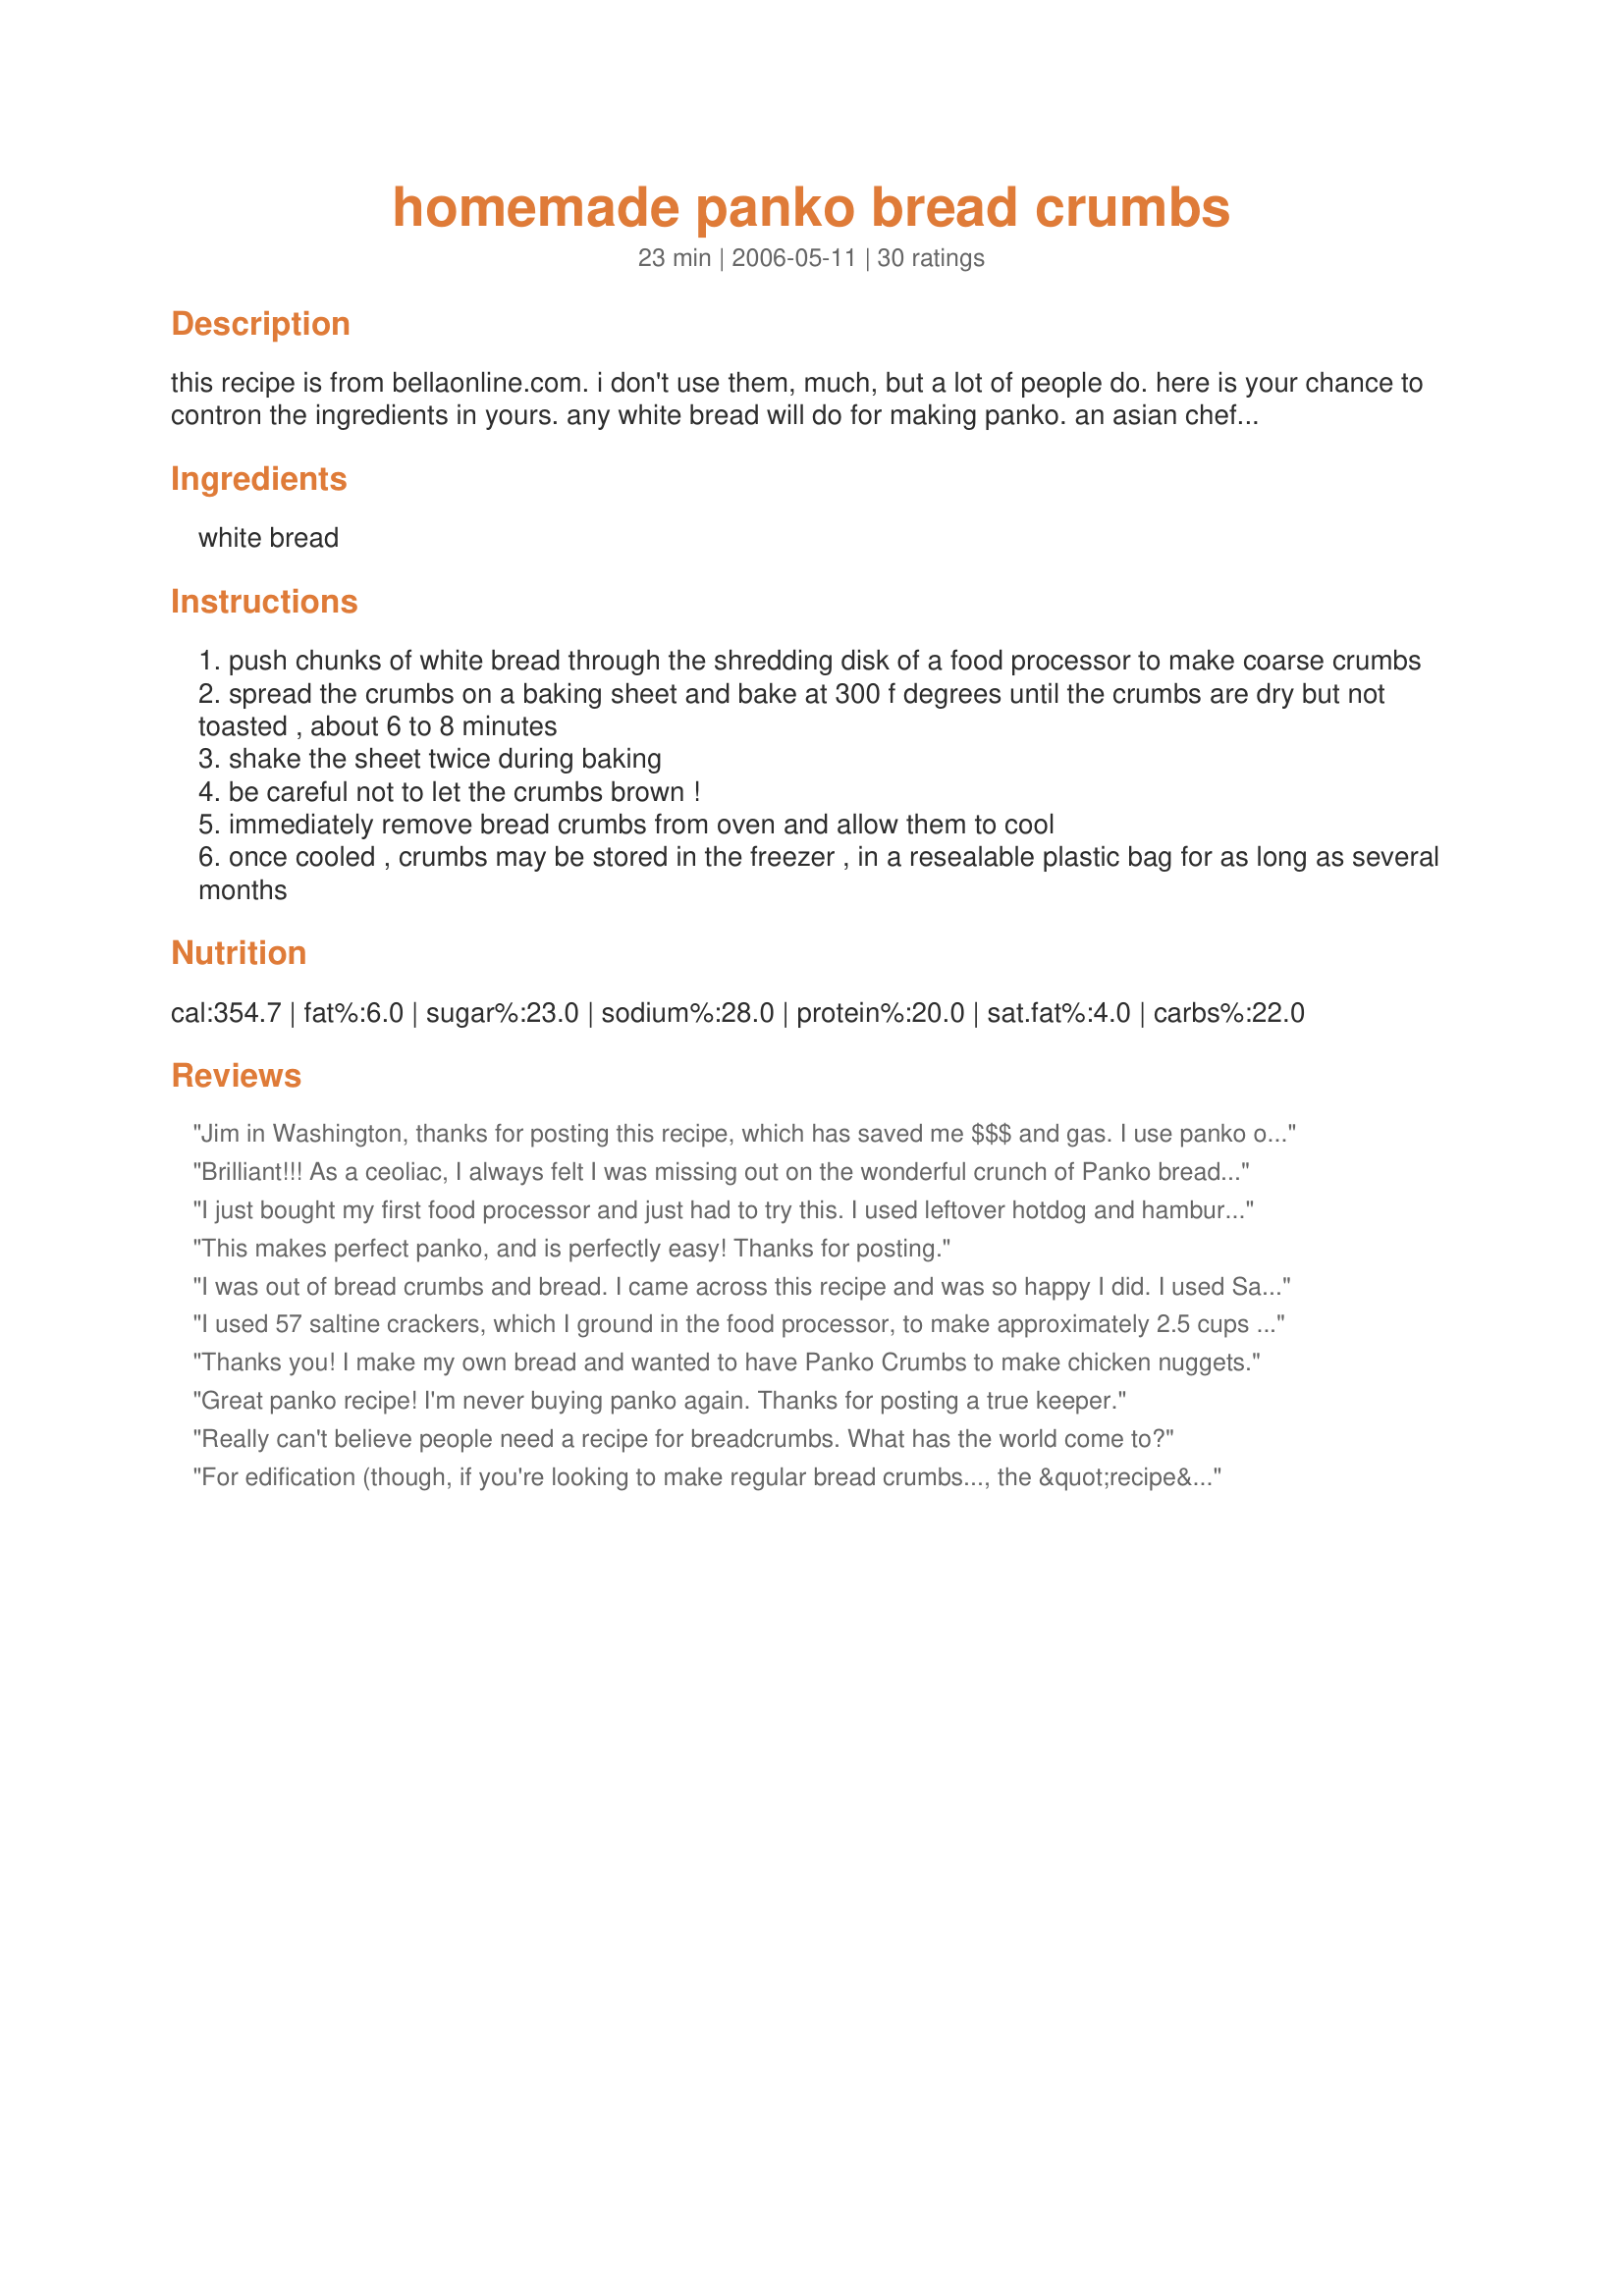
homemade panko bread crumbs
Preparation time: 23 minutes

this recipe is from bellaonline.com. i don't use them, much, but a lot of people do. here is your chance to contron the ingredients in yours. any white bread will do for making panko. an asian chef i once worked with swore that the best homemade panko came from wonder bread! the yield will vary according to how large you make your crumbs, so i am guessing.

Ingredients:
white bread

Steps:
push chunks of white bread through the shredding disk of a food processor to make coarse crumbs
spread the crumbs on a baking sheet and bake at 300 f degrees until the crumbs are dry but not toasted , about 6 to 8 minutes
shake the sheet twice during baking
be careful not to let the crumbs brown !
immediately remove bread crumbs from oven and allow them to cool
once cooled , crumbs may be stored in the freezer , in a resealable plastic bag for as long as several months

Reviews:
Jim in Washington, thanks for posting this recipe, which has saved me $$$ and gas. I use panko often. A great method. I couldn't believe how it turned out! I used a long loaf of cheap bread and filled a gallon ziplock bag. Thanks from Janet!
Brilliant!!! As a ceoliac, I always felt I was missing out on the wonderful crunch of Panko breadcrumbs, I always thought it was the flour used not the method that made them unique,,,now I know better,,,I have just made some using gluten free bread, and BRILLIANT.
I just bought my first food processor and just had to try this. I used leftover hotdog and hamburger buns and it worked perfectly! I'm excited to use this on a fried shrimp recipe! The flavors on these are endless.
This makes perfect panko, and is perfectly easy! Thanks for posting.
I was out of bread crumbs and bread. I came across this recipe and was so happy I did. I used Saltine crackers.
Thanks Jim !!!!!!
I used 57 saltine crackers, which I ground in the food processor, to make approximately 2.5 cups panko crumbs for my chicken recipe. I cooked them for 8 minutes in the oven, sifting twice as suggested. They came out nice and crispy, making a good coating for the chicken. Thanks a lot for this recipe, it certainly helped me out of a bind.
Thanks you! I make my own bread and wanted to have Panko Crumbs to make chicken nuggets.
Great panko recipe! I'm never buying panko again. Thanks for posting a true keeper.
Really can't believe people need a recipe for breadcrumbs. What has the world come to?
For edification (though, if you're looking to make regular bread crumbs..., the &quot;recipe&quot; here is valid, but you also probably don't understand the word, edification... &quot;for you to learn&quot;) https://www.youtube.com/watch?v=FY6nEKohFaM - Panko bread loaves are &quot;electrocuted&quot; not baked... https://www.foodnetwork.com/videos/iron-chef-alton-on-panko-0144900 Alton Brown explains it correctly. Again, though, if you're looking for &quot;How to&quot; make regular bread crumbs, this web page is valid, but... shame on your Mother, not just for not showing you how, but also for raising a generation who would need to ask. I am not criticizing (except maybe those &quot;didn't know how to make bread crumbs, in general), but I am impressed that you got advertising dollars, and so many page views. These aren't panko. Panko is a process; one person answered someone below, &quot;yet here (I, and you) are&quot;..., yeah, cuz we were interested to see how someone could do electrolysis at home. Another poster said the &quot;googled&quot;; I first looked up the definition and only then came here thinking it would be an explanation of &quot;how to&quot; do the electrolysis process at home. Chops to genius kitchen. They are genius'; at ad revenue! Please rename title to &quot;How to make White bread into bread crumbs&quot;.
This worked out great! I was a skeptic but I was impressed. I dont think they are exactly the same as panko but they are much cheaper and they are close enough for me. Love it!
I needed some panko crumbs to make up some fried shrimp, and this recipe worked great. I will use this from now on, and will never be without again! Thanks for sharing!
This was soooo easy and worked PERFECTLY!! I used some small french bread loaves I had here and they were light and fluffy!! Thank you for posting this irreplacible recipe!!
Wow, so easy! I'm going to try using a batch of homemade white bread next time, too. Thanks!
This worked out well. I hate wasting money on storebrought breadcrumbs so this recipe was great.
Thank you for posting this recipe. I knew it had to be easier than going to the store and buying panko. I used it for fish and chips. Thank you again,
Wow!! What a find! No need to buy panko crumbs again. Thank so much for sharing the recipe!
This was so easy and turned out great. I am glad to find this recipe.
I used a cheap brand of white bread and mostly the heels. I make fresh bread crumbs a lot, but never have used the grater disk. This made the fluffiest crumbs that baked up great. I wasn't paying much attention so they did get lightly browned, but no uneven spots. I topped my Three Cheese Baked Mashed Potatoes Recipe #89840 with these and they added such a wonderful light crunchy topping. They really do have a better texture than regular crumbs. I've used panko crumbs before (several years ago) and think these will make an equally good breading for chicken, etc. 

Roxygirl
Hello Jim;
Made your Homemade Panko Crumbs 3 days ago. I used a loaf of Italian Bread and I can't believe how well they turned out in the food processor.
I very lightly sprinkled the crumbs with some Seasoning Salt before lightly toasting in the oven.
The crumbs turned out great, look as good or better than the store bought Panko Crumbs.
Thanks Jim, I do not have to worry about running out of Panko Crumbs, will have them readily available.
"Uncle Bill"
A hearty thank you, Mr. Jim!
Super easy and work great. I will be using this in place of bread crumbs in any recipe!
I've never bought panko crumbs before, but I made these (super easy!), and used them to make a couple of the recipes from this site. They definitely made for a crunchy topping, much crunchier than regular breadcrumbs, so I'm assuming they were pretty authentic to the "real" panko crumbs! Thanks, as I'm always looking for ways to use up bread, before it goes bad. I'll be sure to make panko crumbs and freeze them, from now on.
Wonderful recipe! I used leftover sourdough bread and sprinkled some Italian herb with parmesean cheese seasoning into the crumbs before I baked them. I used the panko crumbs to coat my chicken tenders and the chicken was wonderfully crispy on the outside and tender on the inside. It was a big hit at our party! This recipe works out so well! Thank you for sharing.
wow am I ever happy I finally made this, there will be no more store bought panko for me, these are just as good if not even better, I know I will be making these over and over, many thanks to you Jim for sharing this great recipe!
I thought I had reviewed this before, because I have been using this method for so long. When I saw I hadn`t, I wanted to make sure I did while it was still in my mind.This has been one of my favorites from Zaar. Not only is it quick and easy, taste and texture is excellent.I use homemade bread for making these crumbs. It used to be so hard to find Panko crumbs,and I usually had to wait until I got to an Asian store,but not anymore. I have them made and ready to use .
 Thank you so much for sharing your recipe.
#199947
This is one recipe that will be passed on to my children. So very like the ones you buy at the stores. I made them mostly out of the crusts from our bread because my kids like their sandwiches crustless. I love that this helps reduce wastage. Thank you so much for sharing.
This isn't Panko, this is merely breadcrmbs. Not quite the same. Panko is made from cooking bread with electric current, not heat. They are much drier than breadcrumbs and crunchier.
We love panko breading and this works wonderful. I used sourdough bread and fellowed the directions as mentioned. This is a excellent recipe when your wanting panko breading. Thanks for sharing the recipe. Its a keeper for sure :)
I was going to buy panko but was shocked by the price. I'm very glad I found this recipe. I made a big batch from leftover bread (homemade & storebrand) I keep it in the freezer. Once you try these you will never go back to regular bread crumbs. They will improve any recipe that calls for breadcrumbs.
